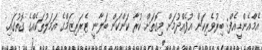
އެމްއެންޑީއެފް: ބިރުވެރިކަން އުފެއްދުމަށް މިގޮތަށް ކުރާ ކަންކަން ބަލާނީ ޓެރަރިޒަމްގެ އަމަލުތަކެއްގެ ގޮތުގައި.